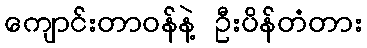
ကျောင်းတာဝန်နဲ့ ဦးပိန်တံတား